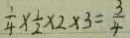
\frac { 1 } { 4 } \times \frac { 1 } { 2 } \times 2 \times 3 = \frac { 3 } { 4 }